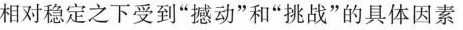
相对稳定之下受到“撼动”和“挑战”的具体因素